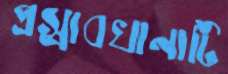
প্রস্রাবখানাটি